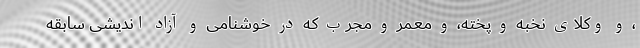
، و وکلای نخبه و پخته، و معمر و مجرب که در خوشنامی و آزاد اندیشی سابقه